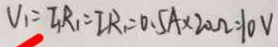
V _ { 1 } = I R _ { 1 } = I R _ { 1 } = 0 . 5 A \times 2 0 \Omega = 1 0 V